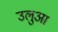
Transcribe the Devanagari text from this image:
उलुआ